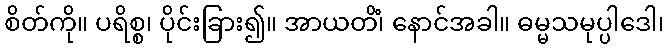
စိတ်ကို။ ပရိစ္စ၊ ပိုင်းခြား၍။ အာယတိံ၊ နောင်အခါ။ ဓမ္မသမုပ္ပါဒေါ၊